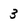
Character: 3